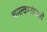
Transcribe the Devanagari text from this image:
चमत्कारांमध्ये